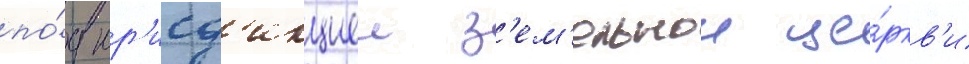
по́д юр'исд'икциеи з'ем'ельнои це́ркв'и